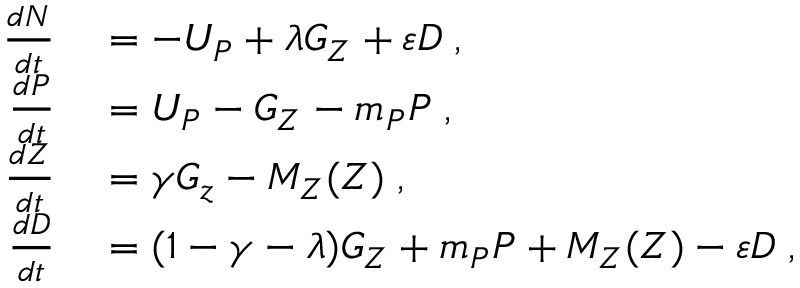
\begin{array} { r l } { \frac { d N } { d t } } & { { } = - U _ { P } + \lambda G _ { Z } + \varepsilon D \; , } \\ { \frac { d P } { d t } } & { { } = U _ { P } - G _ { Z } - m _ { P } P \; , } \\ { \frac { d Z } { d t } } & { { } = \gamma G _ { z } - M _ { Z } ( Z ) \; , } \\ { \frac { d D } { d t } } & { { } = ( 1 - \gamma - \lambda ) G _ { Z } + m _ { P } P + M _ { Z } ( Z ) - \varepsilon D \; , } \end{array}